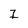
Character: I